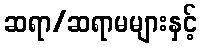
ဆရာ/ဆရာမများနှင့်